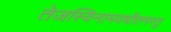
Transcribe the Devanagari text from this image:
तेजस्विनामवधीतमस्तु